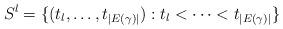
LaTeX: \begin{align*} S_{}^l = \{(t_l , \dots , t_{|E(\gamma)|}): t_l < \dots < t_{|E(\gamma)|}\}\end{align*}